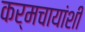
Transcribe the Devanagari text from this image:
कर्मचायांशी